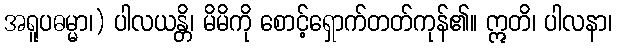
အရူပဓမ္မာ၊) ပါလယန္တိ၊ မိမိကို စောင့်ရှောက်တတ်ကုန်၏။ ဣတိ၊ ပါလနာ၊